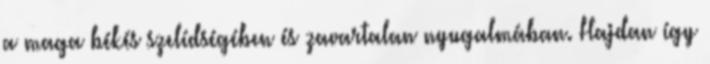
a maga békés szelídségében és zavartalan nyugalmában. Hajdan így